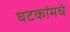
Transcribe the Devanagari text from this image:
घटकांमधे